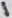
Text: 1